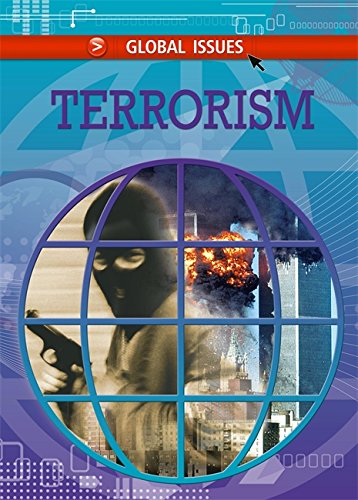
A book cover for Terrorism (Global Issues); Alex Woolf; Teen & Young Adult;